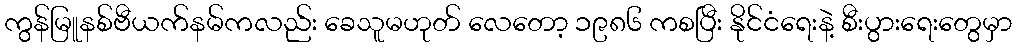
ကွန်မြူနစ်ဗီယက်နမ်ကလည်း ခေသူမဟုတ် လေတော့ ၁၉၈၆ ကစပြီး နိုင်ငံရေးနဲ့ စီးပွားရေးတွေမှာ